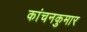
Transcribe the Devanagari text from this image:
कांचनकुमार